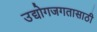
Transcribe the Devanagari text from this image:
उद्योगजगतासाठी